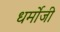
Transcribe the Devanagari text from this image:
धर्मोजी